Scottish assistants in French and German schools and colleges, 1937
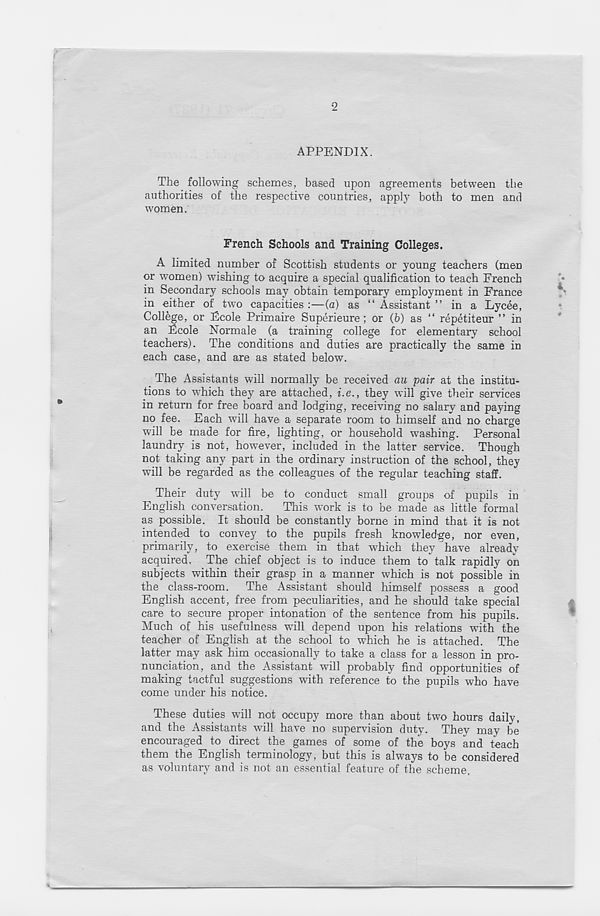
2
APPENDIX.
The following schemes, based upon agreements between the
authorities of the respective countries, apply both to men and
women.
French Schools and Training Colleges.
A limited number of Scottish students or young teachers (men
or women) wishing to acquire a special qualification to teach French
in Secondary schools may obtain temporary employment in France
in either of tw T o capacities :—(a) as “ Assistant ” in a Lycee,
College, or Fcole Primaire Superieure ; or (6) as “ repetiteur ” in
an Fcole Normale (a training college for elementary school
teachers). The conditions and duties are practically the same in
each case, and are as stated below.
The Assistants will normally be received au pair at the institu-
tions to wdhch they are attached, i.e., they will give their services
in return for free board and lodging, receiving no salary and paying
no fee. Each will have a separate room to himself and no charge
will be made for fire, lighting, or household washing. Personal
laundry is not, however, included in the latter service. Though
not taking any part in the ordinary instruction of the school, they
will be regarded as the colleagues of the regular teaching staff.
Their duty will be to conduct small groups of pupils in
English conversation.
This work is to be made as little formal
as possible. It should be constantly borne in mind that it is not
intended to convey to the pupils fresh knowledge, nor even,
primarily, to exercise them in that which they have already
acquired. The chief object is to induce them to talk rapidly on
subjects within their grasp in a manner which is not possible in
the class-room. The Assistant should himself possess a good
English accent, free from peculiarities, and he should take special
care to secure proper intonation of the sentence from his pupils.
Much of his usefulness will depend upon his relations with the
teacher of English at the school to which he is attached. The
latter may ask him occasionally to take a class for a lesson in pro-
nunciation, and the Assistant will probably find opportunities of
making tactful suggestions with reference to the pupils who have
come under his notice.
These duties will not occupy more than about two hours daily,
and the Assistants will have no supervision duty. They may be
encouraged to direct the games of some of the boys and teach
them the English terminology, but this is always to be considered
as voluntary and is not an essential feature of the scheme.